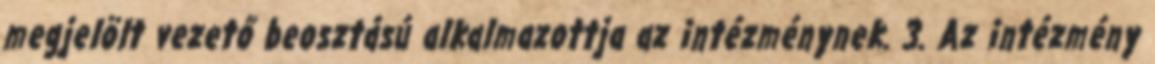
megjelölt vezető beosztású alkalmazottja az intézménynek. 3. Az intézmény